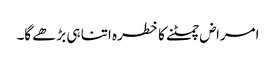
امراض چمٹنے کا خطرہ اتنا ہی بڑھے گا۔